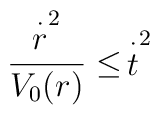
\frac{\stackrel{\cdot }{r}^{2}}{V_{0}(r)}\leq \,\stackrel{\cdot }{t}^{2}